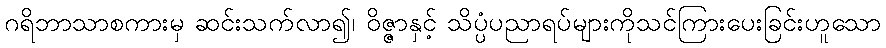
ဂရိဘာသာစကားမှ ဆင်းသက်လာ၍၊ ဝိဇ္ဇာနှင့် သိပ္ပံပညာရပ်များကိုသင်ကြားပေးခြင်းဟူသော